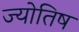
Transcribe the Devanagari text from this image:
ज्योतिष